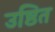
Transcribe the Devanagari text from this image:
उष्ठित